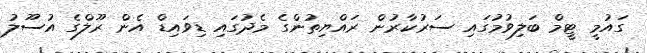
ގައުމީ ޓީމް ބަލިވުމުގައި ސަރުކާރުން ރައްޔިތުންގެ މެދުގައި ޑިވައިޑް އެން ރޫލްގެ އުސޫލު